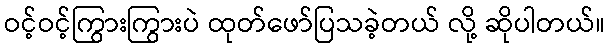
ဝင့်ဝင့်ကြွားကြွားပဲ ထုတ်ဖော်ပြသခဲ့တယ် လို့ ဆိုပါတယ်။